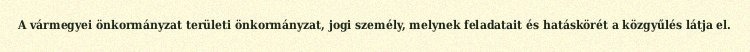
A vármegyei önkormányzat területi önkormányzat, jogi személy, melynek feladatait és hatáskörét a közgyűlés látja el.